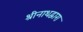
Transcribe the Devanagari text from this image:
श्रीनाथद्वारा